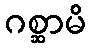
ဂစ္ဆာမိ